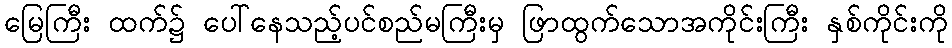
မြေကြီး ထက်၌ ပေါ်နေသည့်ပင်စည်မကြီးမှ ဖြာထွက်သောအကိုင်းကြီး နှစ်ကိုင်းကို